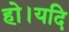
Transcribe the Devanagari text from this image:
हो।यदि